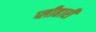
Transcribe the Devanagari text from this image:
प्लीहारी